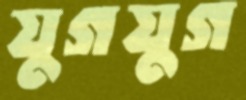
যুগযুগ